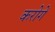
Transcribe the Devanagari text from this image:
करोगें